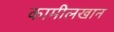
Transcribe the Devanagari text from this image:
कामीलखान